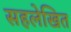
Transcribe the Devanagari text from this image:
सहलेखित